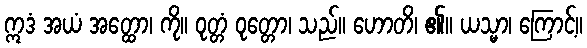
ဣဒံ အယံ အတ္ထော၊ ကို။ ဝုတ္တံ ဝုတ္တော၊ သည်။ ဟောတိ၊ ၏။ ယသ္မာ၊ ကြောင့်။